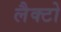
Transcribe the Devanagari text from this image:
लैक्टो